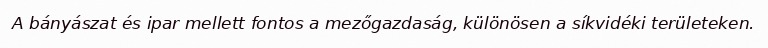
A bányászat és ipar mellett fontos a mezőgazdaság, különösen a síkvidéki területeken.